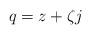
LaTeX: \begin{align*}q=z+\zeta j\end{align*}